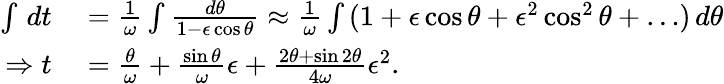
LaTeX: \begin{array}{rl}{\int\, dt}&{{}=\frac{1}{\omega}\int_{}\frac{d\theta}{1-\epsilon\cos\theta}\approx\frac{1}{\omega}\int\, (1+\epsilon\cos\theta+\epsilon^{2}\cos^{2}\theta+\ldots)\, d\theta}\\ {\Rightarrow t}&{{}=\frac{\theta}{\omega}+\frac{\sin\theta}{\omega}\epsilon+\frac{2\theta+\sin 2\theta}{4\omega}\epsilon^{2}.}\end{array}